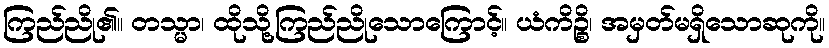
ကြည်ညို၏။ တသ္မာ၊ ထိုသို့ကြည်ညိုသောကြောင့်။ ယံကိဉ္စိ၊ အမှတ်မရှိသောဆုကို။